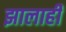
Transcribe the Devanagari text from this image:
झालाही